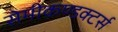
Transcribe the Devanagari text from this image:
सेमीकण्डक्टर्स